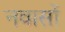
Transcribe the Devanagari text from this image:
नवासों